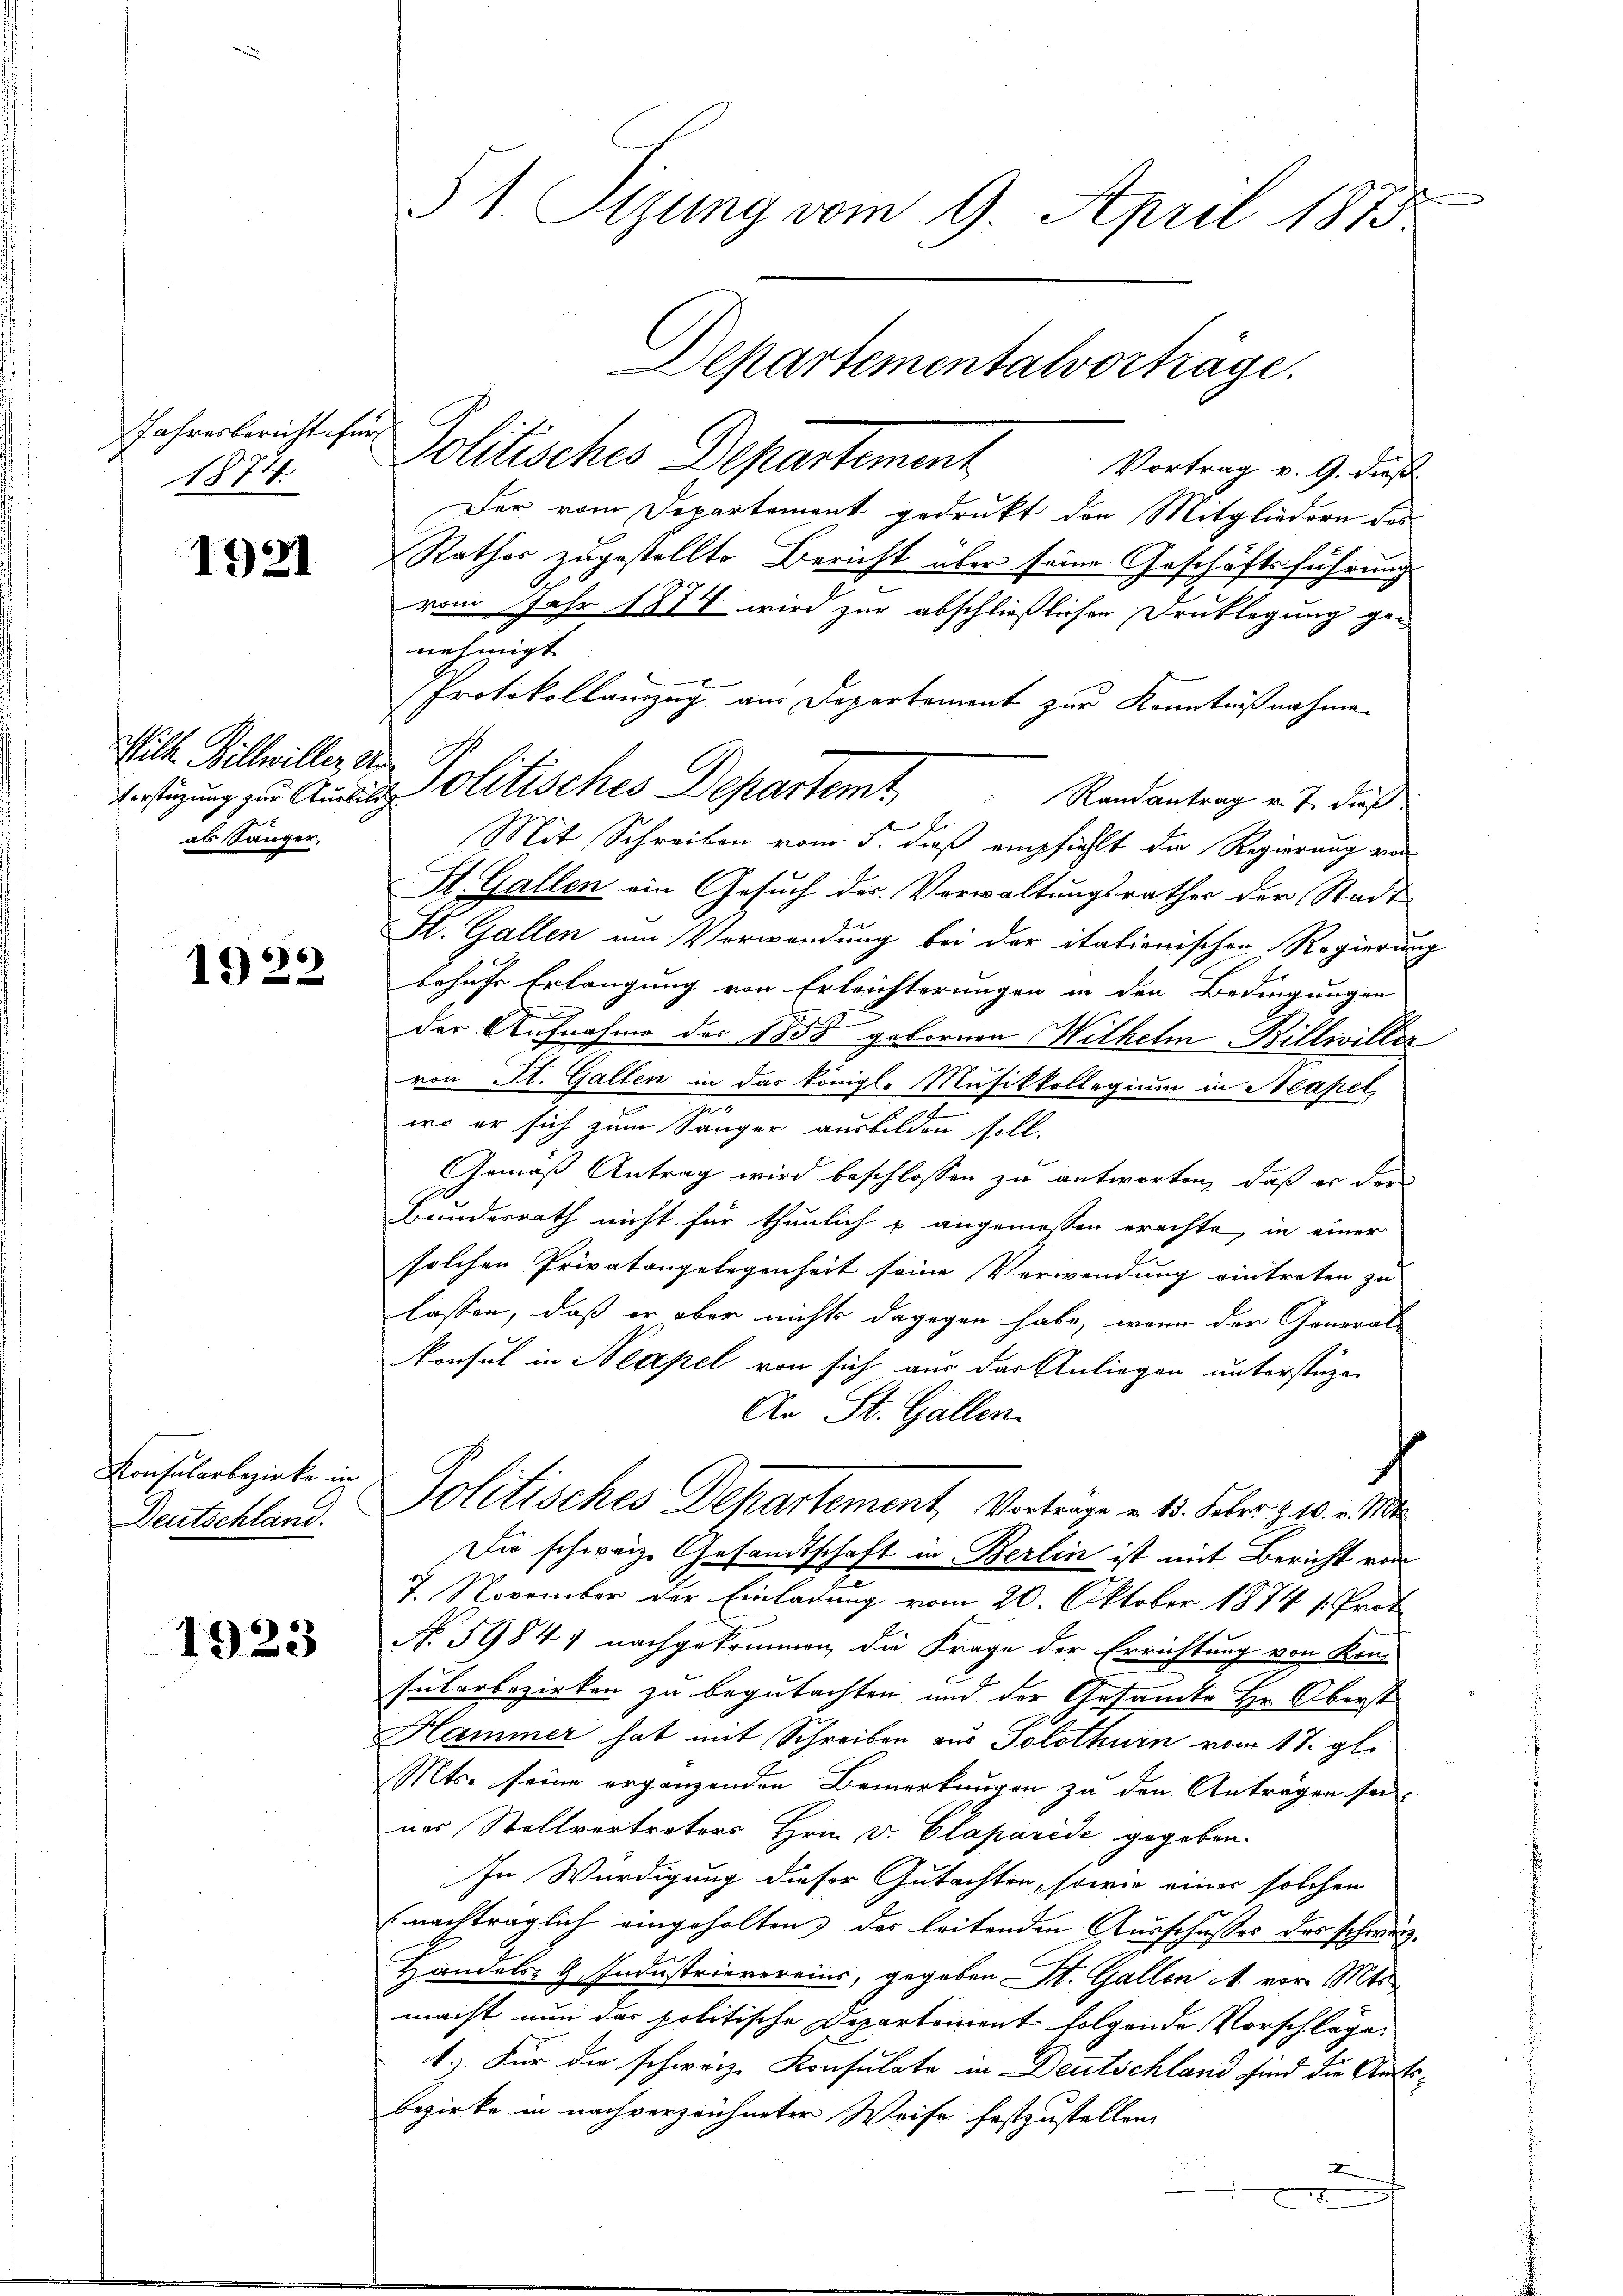
Jahresbericht für
1874.

1921

Wilh. Billwiller Aus
als Sänger,

1922

Konsularbezirke in
Deutschland.

1923

§1. Tizung vom 9. April 1873.
Departementalvorträge.

Politisches Departement
Vortrag v. 9. dieß
Der vom Departement gedrukt den Mitgliedern des
Rathes zugestellte Bericht über seine Geschäftsführung
vom Jahr 1874 wird zur abschließlichen Drucklegung genehmigt.
Protokollauzug aus Departemont zur Kenntnißnahme
Verfügung zur Ausieolitisches Departemt Randantrag v. J. dieß
Mit Schreiben vom 5. dieß empfiehlt die Regierung vo
St. Gallen ein Gesuch des Verwaltungsrathes der Stadt
St. Gallen um Verwendung bei der italienischen Regierung
behufe Erlangung von Erleichterungen in den Bedingungen
der Aufnahme der 1859 gebornen Wilhelm Billwiller
von St. Gallen in das königl. Musikkollegium in Neapel,
wo er sich zum Sänger ausbilden soll.
Gemäß Antrag wird beschlossen zu antworten, daß er der
Bundesrath nicht für thunlich p. angemessen erachte, in einer
solchen Privatangelegenheit seine Verwendung eintreten zu
lassen, daß er aber nichts dagegen habe, wenn der General-
konsul in Neapel von sich aus das Anliegen unterstüzen
An St. Gallen.
D
Politisches Departement, Vortrage u. 15. Feber 10. v. M.
Die schweiz. Gesandtschaft in Berlin ist mit Bericht von
7. November der Einladung vom 20. Oktober 1874 1. Prot
No. 59847 nachgekommen, die Frage der Errichtung von Kon-
sularbezirken zu begutachten und der Gesamte Hr. Oberst
Hammer hat mit Schreiben aus Solothurn vom 17. gl.
Mts. seine ergänzenden Bemerkungen zu den Antragen sei
ner Stellvertreters Hrn. V. Claparide gegeben.
In Würdigung dieser Gutachten, sowie einer solchen
(nachträglich eingeholten, der leitenden Ausschusses des schwarz¬
Handels- H. Industrievereins, gegeben St. Gallen 1 vor. Mts.
macht nun das politische Departement folgende Vorschläge.
1.) Für die schweiz. Konsulate in Deutschland sind die Amts¬
Bezirke in nachverzeichneter Weise festzustellen,
x